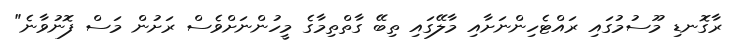
ރާގޮނޑި މޫސުމުގައި ރައްޓެހިންނަށާއި މާލޭގައި ތިބޭ ގާތްތިމާގެ މީހުންނަށްވެސް ރަށުން މަސް ފޮނުވާނެ"